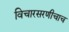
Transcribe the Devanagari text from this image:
विचारसरणीचाच